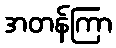
အတန်ကြာ